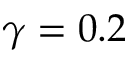
\gamma = 0 . 2